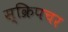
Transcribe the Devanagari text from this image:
स्क्रिपचर